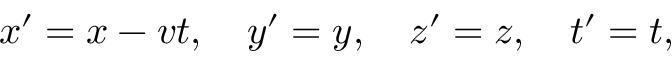
x ^ { \prime } = x - v t , \quad y ^ { \prime } = y , \quad z ^ { \prime } = z , \quad t ^ { \prime } = t ,